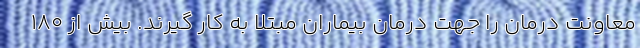
معاونت درمان را جهت درمان بیماران مبتلا به کار گیرند. بیش از ۱۸۰